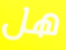
هل